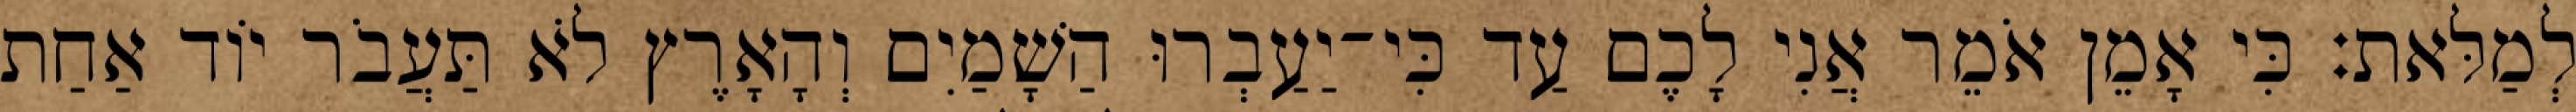
לְמַלּאת׃ כִּי אָמֵן אֹמֵר אֲנִי לָכֶם עַד כִּי־יַעַבְרוּ הַשָׁמַיִם וְהָאָרֶץ לֹא תַּעֲבֹר יוֹד אַחַת